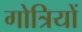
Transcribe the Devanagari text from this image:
गोत्रियों